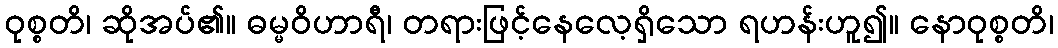
ဝုစ္စတိ၊ ဆိုအပ်၏။ ဓမ္မဝိဟာရီ၊ တရားဖြင့်နေလေ့ရှိသော ရဟန်းဟူ၍။ နောဝုစ္စတိ၊